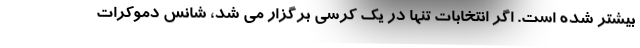
بیشتر شده است. اگر انتخابات تنها در یک کرسی برگزار می شد، شانس دموکرات